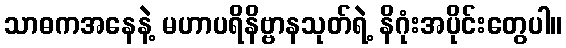
သာဓကအနေနဲ့ မဟာပရိနိဗ္ဗာနသုတ်ရဲ့ နိဂုံးအပိုင်းတွေပါ။